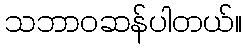
သဘာဝဆန်ပါတယ်။